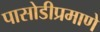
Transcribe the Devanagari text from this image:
पासोडीप्रमाणे